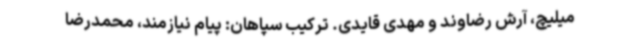
میلیچ، آرش رضاوند و مهدی قایدی. ترکیب سپاهان: پیام نیازمند، محمدرضا